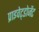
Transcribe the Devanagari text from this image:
प्राइवेट्डोजेंट